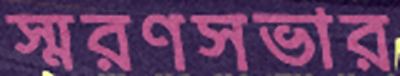
স্মরণসভার